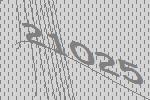
21025